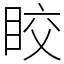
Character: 𥅟